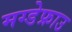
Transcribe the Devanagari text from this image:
मग्डेफ्राउ